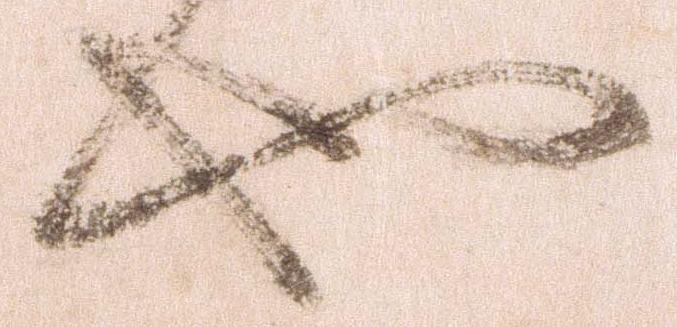
也